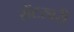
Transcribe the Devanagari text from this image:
सेंटरबरी